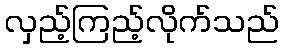
လှည့်ကြည့်လိုက်သည်